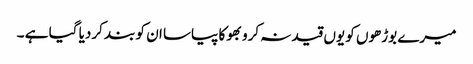
میرے بوڑھوں کو یوں قید نہ کرو بھوکا پیاسا ان کو بند کردیا گیا ہے ۔